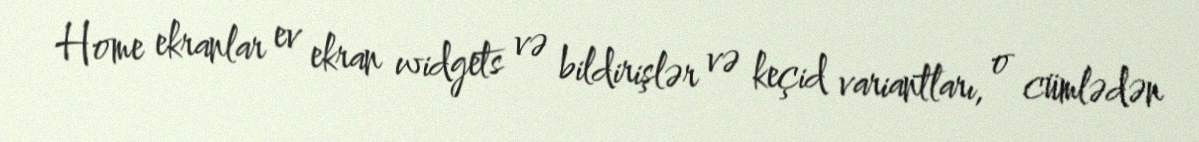
Home ekranlar ev ekran widgets və bildirişlər və keçid variantları, o cümlədən